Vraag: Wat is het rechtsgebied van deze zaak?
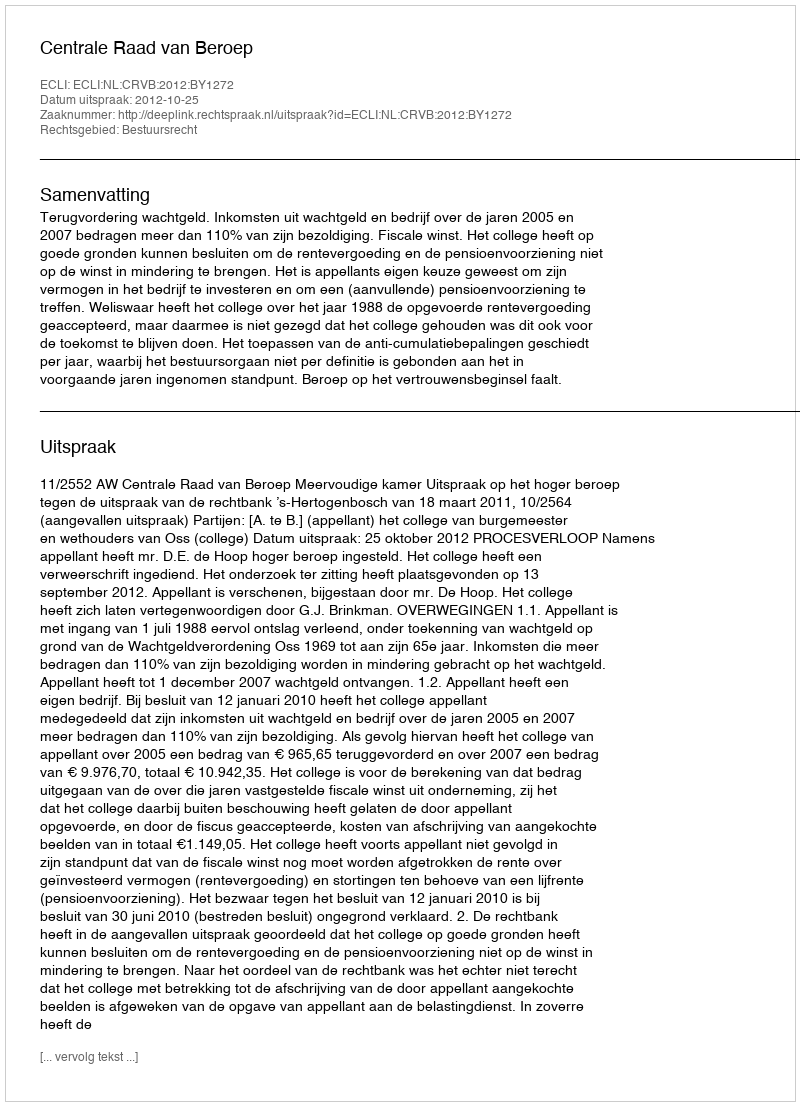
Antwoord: Bestuursrecht